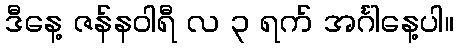
ဒီနေ့ ဇန်နဝါရီ လ ၃ ရက် အင်္ဂါနေ့ပါ။